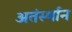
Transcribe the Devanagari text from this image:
अतंर्स्थान